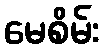
မေစိမ်း